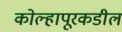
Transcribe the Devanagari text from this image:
कोल्हापूरकडील